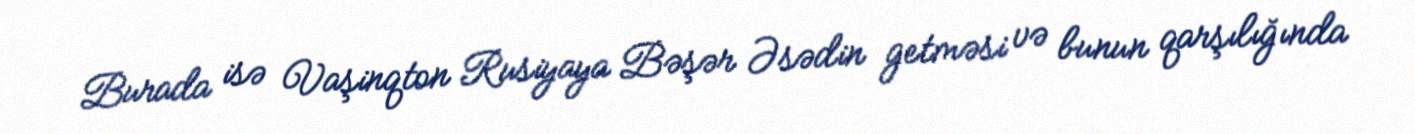
Burada isə Vaşinqton Rusiyaya Bəşər Əsədin getməsi və bunun qarşılığında